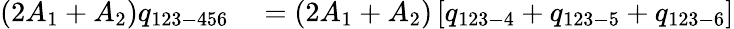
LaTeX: \begin{array}{rl}{(2A_{1}+A_{2})q_{123-456}}&{{}=(2A_{1}+A_{2})\left[q_{123-4}+q_{123-5}+q_{123-6}\right]}\end{array}